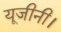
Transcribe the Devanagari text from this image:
यूजीनी।